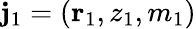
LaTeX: \mathbf{j}_{1}=({\mathbf{r}}_{1},z_{1},m_{1})